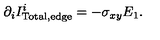
\partial _ { i } I _ { \mathrm { T o t a l , e d g e } } ^ { i } = - \sigma _ { x y } E _ { 1 } .